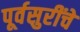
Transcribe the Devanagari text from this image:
पूर्वसुरींचे